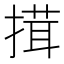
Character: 搑